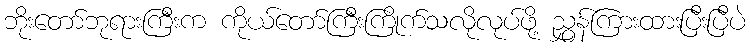
ဘိုးတော်ဘုရားကြီးက ကိုယ်တော်ကြီးကြိုက်သလိုလုပ်ဖို့ ညွှန်ကြားထားပြီးပြီပဲ